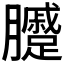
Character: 𰯫